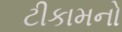
ટીકામનો